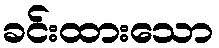
ခင်းထားသော